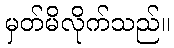
မှတ်မိလိုက်သည်။